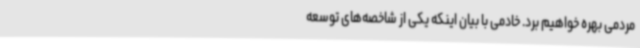
مردمی بهره خواهیم برد. خادمی با بیان اینکه یکی از شاخصه‌های توسعه